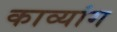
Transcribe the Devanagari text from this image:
काव्यांग